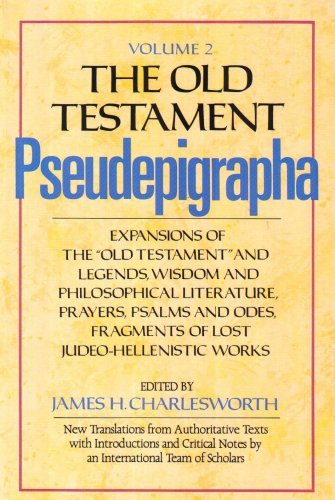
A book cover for The Old Testament Pseudepigrapha, Volume 2: Expansions of the "Old Testament" and Legends, Wisdom and Philosophical Literature, Prayers, Psalms and ... (The Anchor Yale Bible Reference Library); James H. Charlesworth; Christian Books & Bibles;